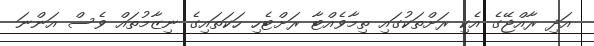
އަދި ރާއްޖޭގެ އެކި ރަށްތަކުގައި ތިމާވެއްޓާ ރަށްޓެހި ހަކަތައިގެ ނިޒާމުތައް ވެސް އަންނަ